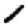
Digit: 1